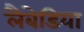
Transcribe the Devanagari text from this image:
लैबेडिया